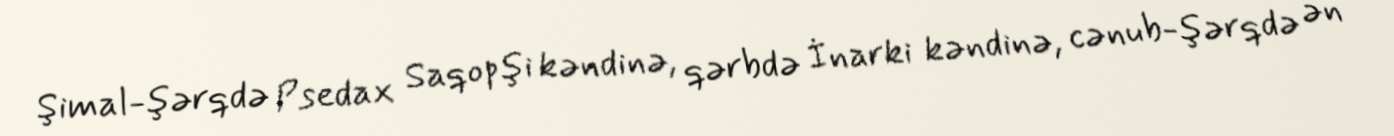
Şimal-şərqdə Psedax Saqopşi kəndinə, qərbdə İnarki kəndinə, cənub-şərqdə ən